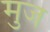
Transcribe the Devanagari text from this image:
मुज